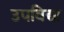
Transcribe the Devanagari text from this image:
उपविद्या